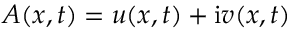
A ( x , t ) = u ( x , t ) + \mathrm { { i } } v ( x , t )